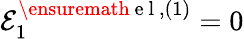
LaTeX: {\cal E}_{1}^{\ensuremath{\mathrm{~e~l~}},(1)}=0